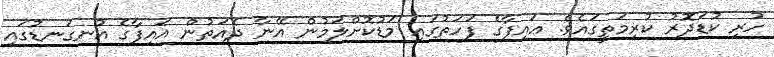
ހުރި ކުޑަދޮރު ކުރިމަތީގައެވެ. އައިފާގެ ފަހަތުގައި މަޑުކޮށްލަމުން އޭނާ ދެއަތުން އައިފާގެ އުނގަނޑުގައި